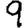
Digit: 9